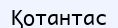
Қотантас